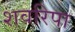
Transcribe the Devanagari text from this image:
शवरिपा